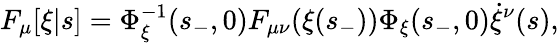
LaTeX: F_{\mu}[\xi|s]=\Phi_{\xi}^{-1}(s_{-},0)F_{\mu\nu}(\xi(s_{-}))\Phi_{\xi}(s_{-},0)\dot{\xi}^{\nu}(s),